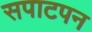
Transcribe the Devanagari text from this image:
सपाटपन